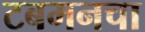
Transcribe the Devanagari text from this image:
टबमनचा